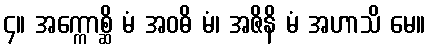
၄။ အက္ကောစ္ဆိ မံ အဝဓိ မံ၊ အဇိနိ မံ အဟာသိ မေ။